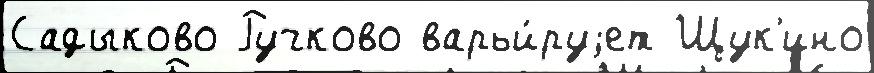
Садыково Ручково варьи́руjет Щук'ино